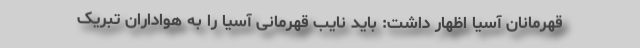
قهرمانان آسیا اظهار داشت: باید نایب قهرمانی آسیا را به هواداران تبریک